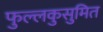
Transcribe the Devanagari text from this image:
फुल्लकुसुमित